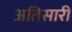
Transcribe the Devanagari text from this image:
अतिसारी